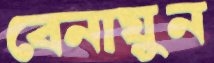
বেনায়ুন